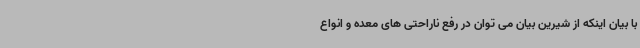
با بیان اینکه از شیرین بیان می توان در رفع ناراحتی های معده و انواع